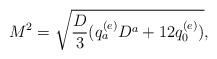
\begin{align*}M^2=\sqrt{{D\over 3}(q^{(e)}_aD^a+12q^{(e)}_0)},\end{align*}